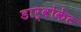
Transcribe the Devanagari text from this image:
डार्वोकेट